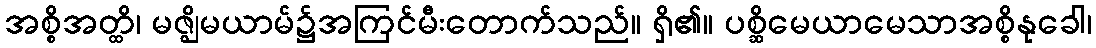
အစ္စိအတ္ထိ၊ မဇ္ဈိမယာမ်၌အကြင်မီးတောက်သည်။ ရှိ၏။ ပစ္ဆိမေယာမေသာအစ္စိနုခေါ၊